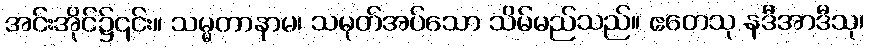
အင်းအိုင်၌၎င်း။ သမ္မတာနာမ၊ သမုတ်အပ်သော သိမ်မည်သည်။ ဧတေသု နဒီအာဒီသု၊